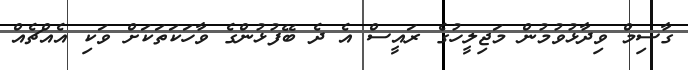
ގާސިމް ވިދާޅުވުމުން މަޖިލީހުގެ ރައީސް އެ ދެ ބޭފުޅުންގެ ވާހަކަތަކަށް ވަކި އެއްޗެއް